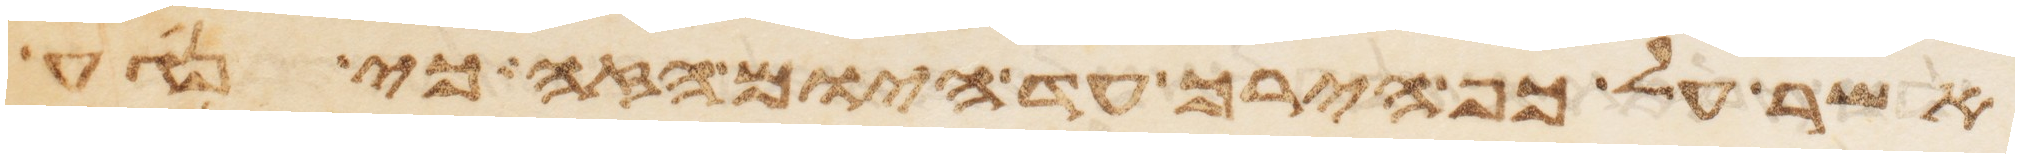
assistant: אשר על כף הירך עד היום הזה כי נגע